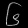
Digit: ၆